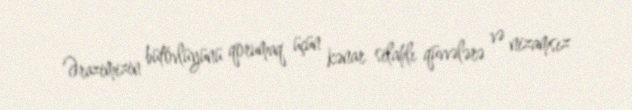
Ərazimizin bütövlüyünü qorumaq üçün kənar silahlı qüvvələrə və nizamsız